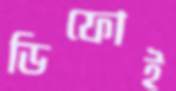
ডিফোই